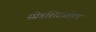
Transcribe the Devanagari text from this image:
स्प्रेडशिटातील